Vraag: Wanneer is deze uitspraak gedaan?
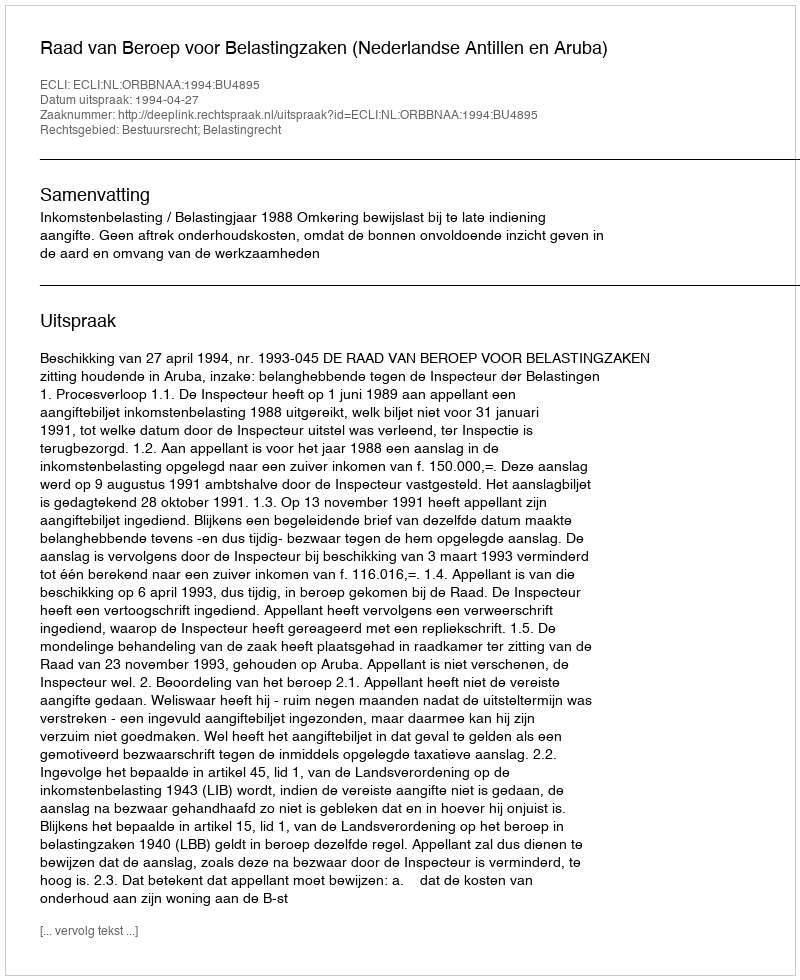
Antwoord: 1994-04-27